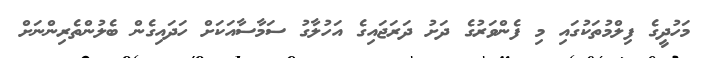
މަހުދީގެ ފިލްމުތަކުގައި މި ފެންވަރުގެ ދަށު ދަރަޖައިގެ އަހުލާގު ސަމާސާއަކަށް ހަދައިގެން ބެލުންތެރިންނަށް